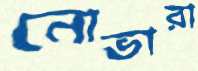
নোভারা